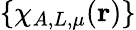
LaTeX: \{ \chi_{A,L,\mu}(\mathbf{r})\}